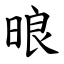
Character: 㫰